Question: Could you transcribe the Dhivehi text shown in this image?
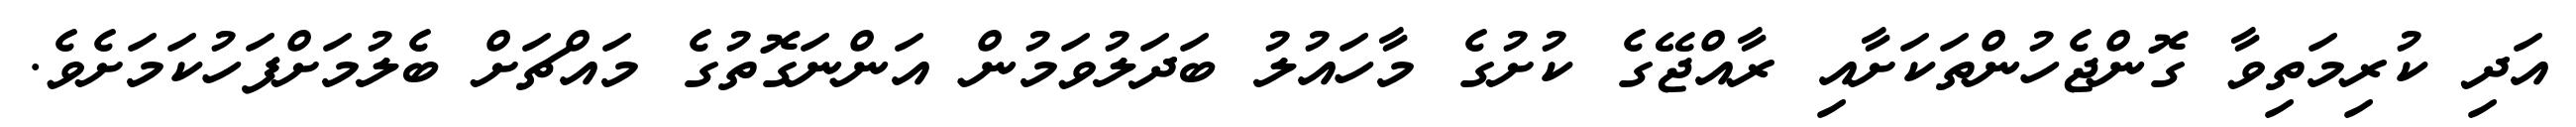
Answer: އަދި ކުރިމަތިވާ ގޮންޖެހުންތަކަށާއި ރާއްޖޭގެ ކުށުގެ މާހައުލު ބަދަލުވަމުން އަންނަގޮތުގެ މައްޗަށް ބެލުމަށްފަހުކަމަށެވެ.